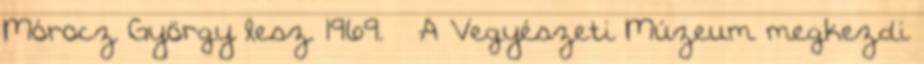
Mórocz György lesz. 1969. – A Vegyészeti Múzeum megkezdi